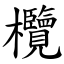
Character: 欖